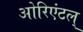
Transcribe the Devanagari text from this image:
ओरिएंटल्